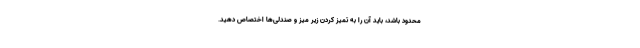
محدود باشد، باید آن را به تمیز کردن زیر میز و صندلی‌ها اختصاص دهید.